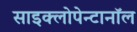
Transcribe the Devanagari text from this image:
साइक्लोपेन्टानॉल